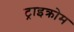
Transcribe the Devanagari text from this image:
ट्राइक्रोम